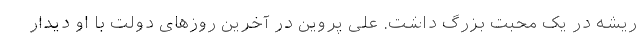
ریشه در یک محبت بزرگ داشت. علی پروین در آخرین روزهای دولت با او دیدار